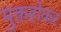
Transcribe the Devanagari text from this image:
मुक्तहोकर